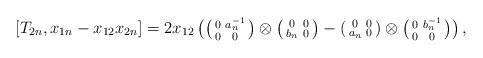
LaTeX: \begin{align*}\left[T_{2n},x_{1n}-x_{12}x_{2n}\right]=2x_{12}\left(\left(\begin{smallmatrix} 0&a_n^{-1}\\0&0\\\end{smallmatrix}\right)\otimes\left(\begin{smallmatrix} 0&0\\b_n&0\\\end{smallmatrix}\right)-\left(\begin{smallmatrix} 0&0\\a_n&0\\\end{smallmatrix}\right)\otimes\left(\begin{smallmatrix} 0&b_n^{-1}\\0&0\\\end{smallmatrix}\right)\right),\end{align*}